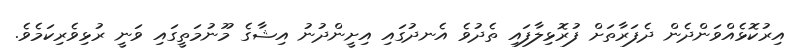
އިރުކޮޅެއްވަންދެން ދެފަރާތަށް ފުރޮޅިލާފައި ތެދުވެ އެނދުގައި އިށީންދުނު އިޝާގެ މޫނުމަތީގައި ވަނީ ރުޅިވެރިކަމެވެ.